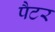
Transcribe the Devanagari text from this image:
पैटर